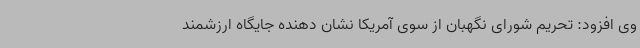
وی افزود: تحریم شورای نگهبان از سوی آمریکا نشان دهنده جایگاه ارزشمند